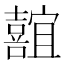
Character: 𪢢